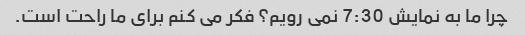
چرا ما به نمایش 7:30 نمی رویم؟ فکر می کنم برای ما راحت است.